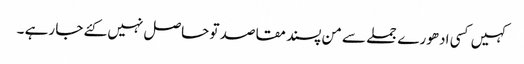
کہیں کسی ادھورے جملے سے من پسند مقاصد تو حاصل نہیں کئے جا رہے ۔